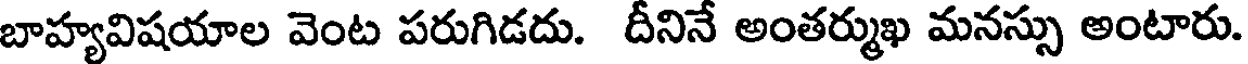
బాహ్యవిషయాల వెంట పరుగిడదు. దీనినే అంతర్ముఖ మనస్సు అంటారు.